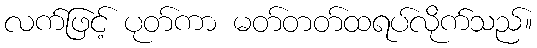
လက်ဖြင့် ပုတ်ကာ မတ်တတ်ထရပ်လိုက်သည်။